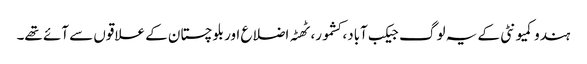
ہندو کمیونٹی کے یہ لوگ جیکب آباد، کشمور، ٹھٹہ اضلاع اور بلوچستان کے علاقوں سے آئے تھے۔